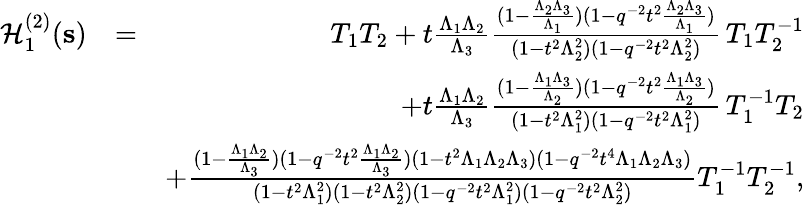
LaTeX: \begin{array}{rlr}{\mathcal H_{1}^{(2)}(\mathbf s)}&{=}&{T_{1}T_{2}+t\frac{\Lambda_{1}\Lambda_{2}}{\Lambda_{3}}\frac{(1-\frac{\Lambda_{2}\Lambda_{3}}{\Lambda_{1}})(1-q^{-2}t^{2}\frac{\Lambda_{2}\Lambda_{3}}{\Lambda_{1}})}{(1-t^{2}\Lambda_{2}^{2})(1-q^{-2}t^{2}\Lambda_{2}^{2})}\, T_{1}T_{2}^{-1}}\\ &{}&{+t\frac{\Lambda_{1}\Lambda_{2}}{\Lambda_{3}}\frac{(1-\frac{\Lambda_{1}\Lambda_{3}}{\Lambda_{2}})(1-q^{-2}t^{2}\frac{\Lambda_{1}\Lambda_{3}}{\Lambda_{2}})}{(1-t^{2}\Lambda_{1}^{2})(1-q^{-2}t^{2}\Lambda_{1}^{2})}\, T_{1}^{-1}T_{2}}\\ &{}&{+\frac{(1-\frac{\Lambda_{1}\Lambda_{2}}{\Lambda_{3}})(1-q^{-2}t^{2}\frac{\Lambda_{1}\Lambda_{2}}{\Lambda_{3}})(1-t^{2}\Lambda_{1}\Lambda_{2}\Lambda_{3})(1-q^{-2}t^{4}\Lambda_{1}\Lambda_{2}\Lambda_{3})}{(1-t^{2}\Lambda_{1}^{2})(1-t^{2}\Lambda_{2}^{2})(1-q^{-2}t^{2}\Lambda_{1}^{2})(1-q^{-2}t^{2}\Lambda_{2}^{2})}T_{1}^{-1}T_{2}^{-1},}\end{array}